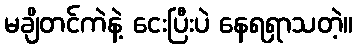
မချိတင်ကဲနဲ့ ငေးပြီးပဲ နေရရှာသတဲ့။